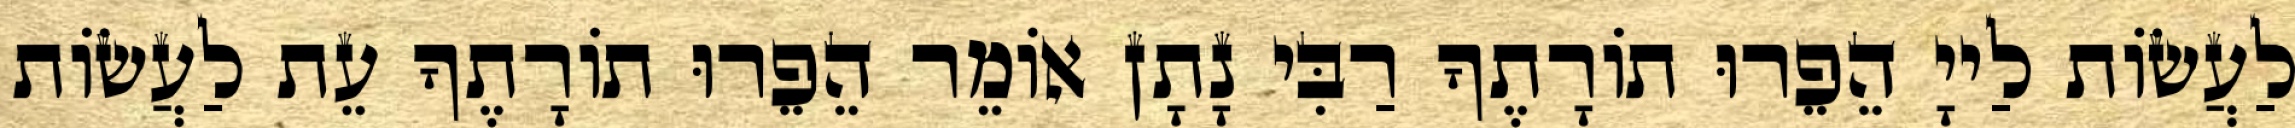
לַעֲשׂוֹת לַייָ הֵפֵרוּ תוֹרָתֶךָ רַבִּי נָתָן אוֹמֵר הֵפֵרוּ תוֹרָתֶךָ עֵת לַעֲשׂוֹת